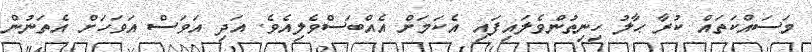
މަސައްކަތައް ކުރާ ޙާލު ހިނިތުންވެލައިފައި އެކަމަށް އެއްބަސްވެލިއެވެ. އަދި އަވަސް އަވަހަށް އެތަނުން